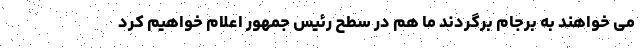
می خواهند به برجام برگردند ما هم در سطح رئیس جمهور اعلام خواهیم کرد